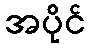
အပိုင်